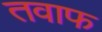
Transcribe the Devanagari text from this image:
तवाफ